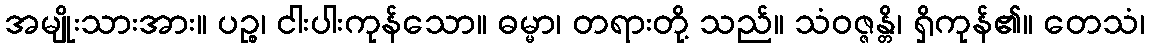
အမျိုးသားအား။ ပဉ္စ၊ ငါးပါးကုန်သော။ ဓမ္မာ၊ တရားတို့ သည်။ သံဝဇ္ဇန္တိ၊ ရှိကုန်၏။ တေသံ၊